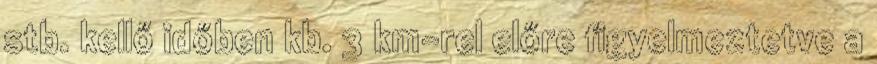
stb. kellő időben kb. 3 km-rel előre figyelmeztetve a